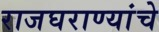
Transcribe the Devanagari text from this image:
राजघराण्यांचे